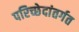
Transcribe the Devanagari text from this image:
परिच्छेदांतर्गत